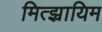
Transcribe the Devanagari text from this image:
मित्झ्रायिम